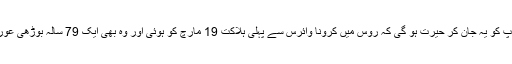
چنانچہ آپ کو یہ جان کر حیرت ہو گی کہ روس میں کرونا وائرس سے پہلی ہلاکت 19 مارچ کو ہوئی اور وہ بھی ایک 79 سالہ بوڑھی عورت کی ۔